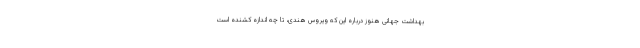
بهداشت جهانی هنوز درباره این که ویروس هندی، تا چه اندازه کشنده است